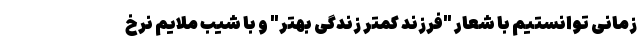
زمانی توانستیم با شعار "فرزند کمتر زندگی بهتر" و با شیب ملایم نرخ